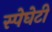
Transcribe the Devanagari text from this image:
स्पेघेटी